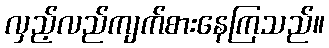
လှည့်လည်ကျက်စားနေကြသည်။